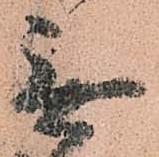
無